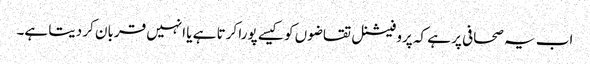
اب یہ صحافی پر ہے کہ پروفیشنل تقاضوں کو کیسے پورا کرتا ہے یا انہیں قربان کر دیتا ہے۔